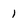
Character: 1